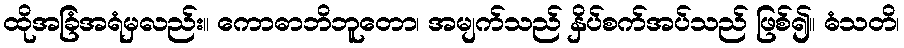
ထိုအခြံအရံမှလည်း။ ကောဓာဘိဘူတော၊ အမျက်သည် နှိပ်စက်အပ်သည် ဖြစ်၍။ ဓံသတိ၊